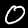
Label: 0